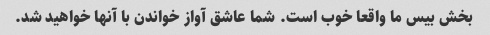
بخش بیس ما واقعا خوب است. شما عاشق آواز خواندن با آنها خواهید شد.